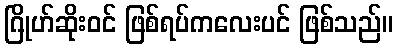
ဂြိုဟ်ဆိုးဝင် ဖြစ်ရပ်ကလေးပင် ဖြစ်သည်။